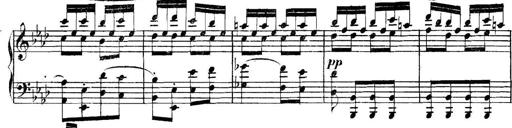
Title: Collected Piano Sonatas
Composer: Muzio Clementi